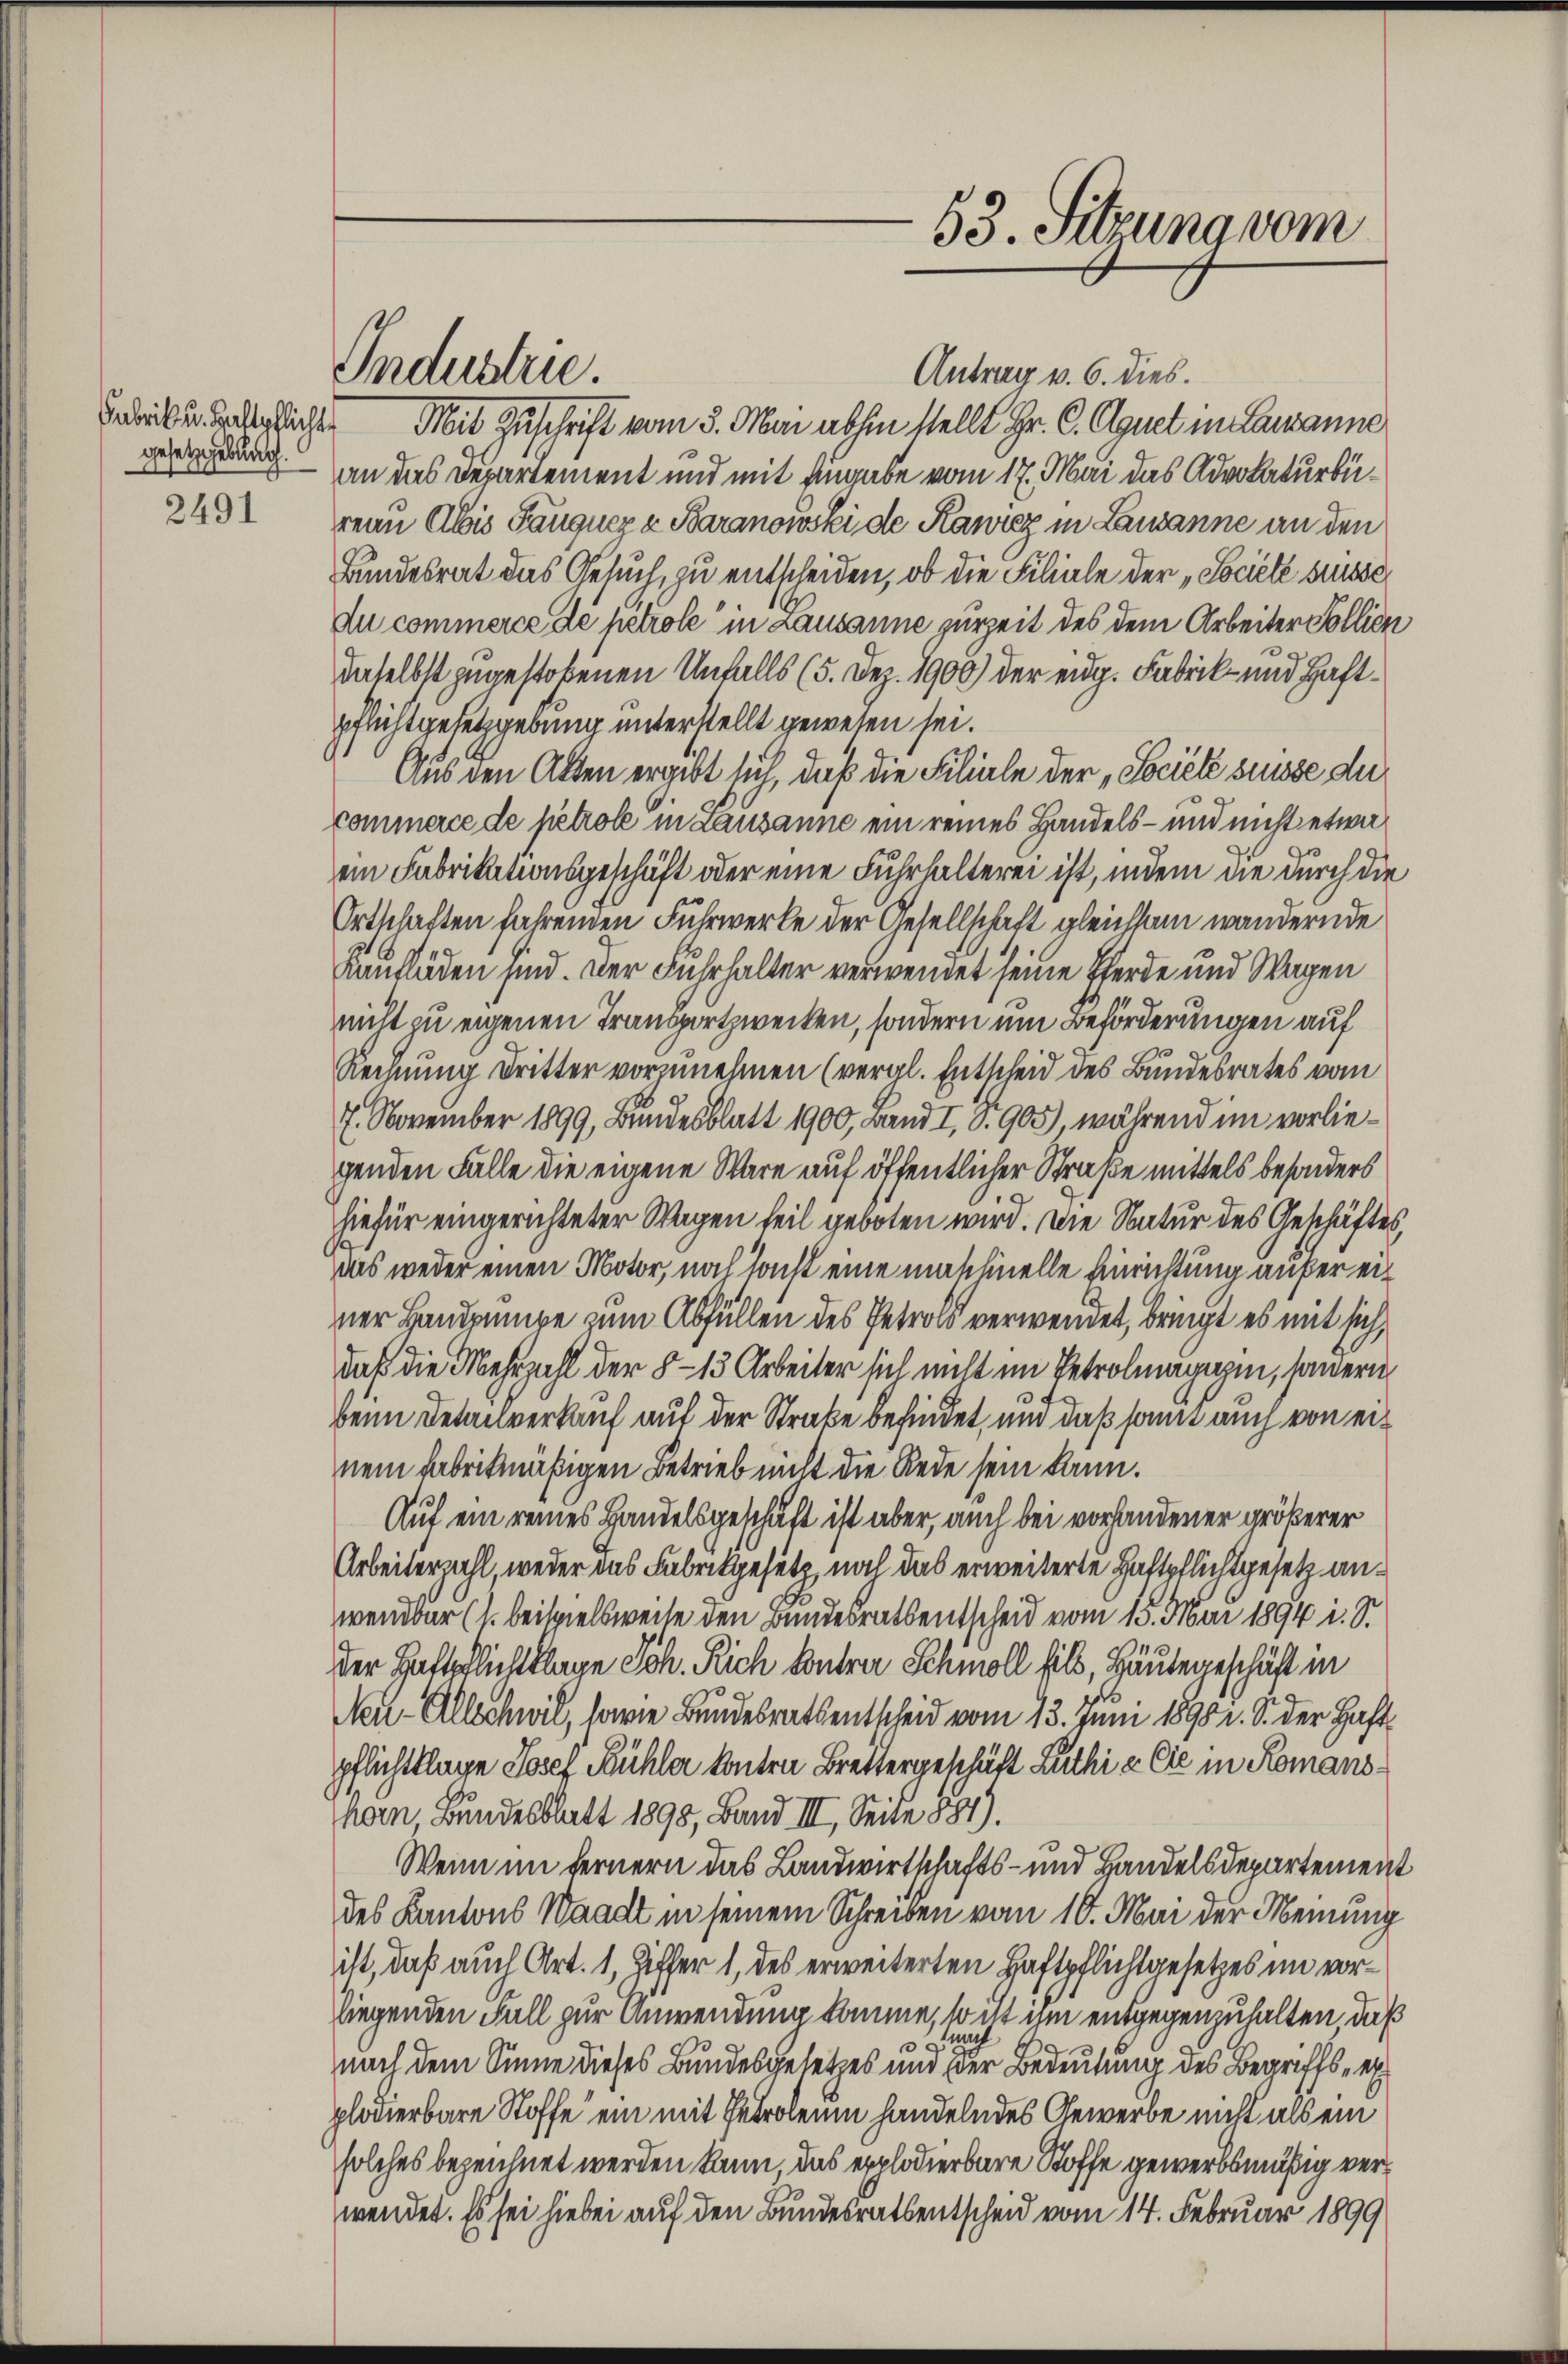
Fabrik u. Haftpflicht
gesetzgebung.
2491

Industrie.

53. Sitzung vom

Antrag v. 6. dies.
Mit Zuschrift vom 3. Mai abhin stellt Hr. C. Aquet in Lausanne
an das Departement und mit Angabe vom 17. Mai das Advokaturbürern Alois Läugner z Baranowski de Kawrez in Lausanne an den
Bundesrat das Gesuch, zu entscheiden, ob die Filiale der „Societe süsse
du commerce de petrole in Lausanne zurzeit des dem Arbeiter Pollion
daselbst zugestobenen Unfalls (5. Dez. 1900) der eidg. Fabrik- und Haftpflichtgesetzgebung unterstellt gewesen sei.
Aus den Akten ergibt sich, daß die Filiale der „Société sesse die
commerce de petrole in Lausanne ein reines Handels- und nicht etwa
ein Fabrikationsgeschäft oder eine Fuhrhalterei ist, indem die durch die
Ortschaften fahrenden Fuhrwerke der Gesellschaft gleichsam wandernde
Kanfläden sind. Der Fuhrhalter verwendet seine Pferde und Wagen
nicht zu eigenen Transportzwecken, sondern um Beförderungen auf
Rechnung dritter vorzunehmen (veral. Entscheid des Bundesrates vom
7. November 1899, Bundesblatt 1900, Band I, S. 905), während im vorliegenden Fälle die eigene Wäre auf öffentlicher Straße mittels besonders
hiefür eingerichteter Wagen teil geboten wird. Die Natur des Geschäftes,
das weder einen Motor, noch sonst eine maschinelle Einrichtung aufer einer Handpumpe zum Abfüllen des Petrols verwendet, bringt es mit sich,
daß die Mehrzahl der 8 – 13 Arbeiter sich nicht im Petrolmagazin, sauern
beim Detailverkauf auf der Straße befindet, und daß sann auch von einem fabrikmäßigen Betrieb nicht die Rede sein kann.
Auf ein reines Handelsgeschäft ist aber, auch bei vorhandener größerer
Arbeiterzahl, weder das Fabrikgesetz, noch das erweiterte Haftpflichtgesetz anwendbar (s. Beispielsweile den Bundesrathentscheid vom 15. Mai 1894 i. S.
der Haftpflichtklage Joh. Rich kontrer Schmoll fils, Häutegeschäft in
Neu-Allschwil, sowie Bundesrathentscheid vom 13. Juni 1890. S. der Haft
pflichtklage Josef Bühler konten Brettergeschäft Luthi & Cie in Romanshern Bundesblatt 1898, Band III. Seite 1881).
Wenn im fernern das Landwirtschafts- und Bandelsdepartement
des Kantons Waadt in seinem Schreiben vom 10. Mai der Meinung
ist, daß auch Art. 1, Ziffer 1, des erweiterten Haftpflichtgesetzes im vorliegenden Fall zur Anwendung komme, so ist ihm entgegenzuhalten, daß
ach
e
nach dem Sinne dieses Bundesgesetzes und der Bedeutung des Begriffs, ex
plodierbare Stoffe ein mit Petroleum handelndes Gewerbe nicht als ein
solches bezeichnet werden kann, das explodierbare Stoffe gewerbsmäßig verwendet. Es sei hiebei auf den Bundesratsentscheid vom 14. Februar 1899